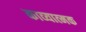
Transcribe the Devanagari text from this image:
काव्‍यात्‍मक